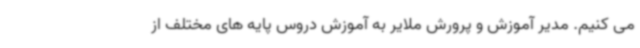
می کنیم. مدیر آموزش و پرورش ملایر به آموزش دروس پایه های مختلف از